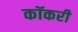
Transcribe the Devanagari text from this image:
कॉकरी